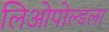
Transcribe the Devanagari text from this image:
लिओपोल्डला